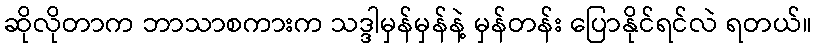
ဆိုလိုတာက ဘာသာစကားက သဒ္ဒါမှန်မှန်နဲ့ မှန်တန်း ပြောနိုင်ရင်လဲ ရတယ်။